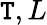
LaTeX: \mathtt{T},L